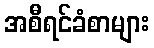
အစီရင်ခံစာများ